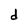
Character: d